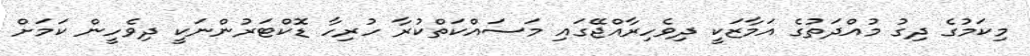
މިކަމުގެ ދިގު މުއްދަތުގެ އަމާޒަކީ ދިވެހިރާއްޖޭގައި މަސައްކަތްކުރާ ހުރިހާ ޑޮކްޓަރުންނަކީ ދިވެހީން ކަމަށް